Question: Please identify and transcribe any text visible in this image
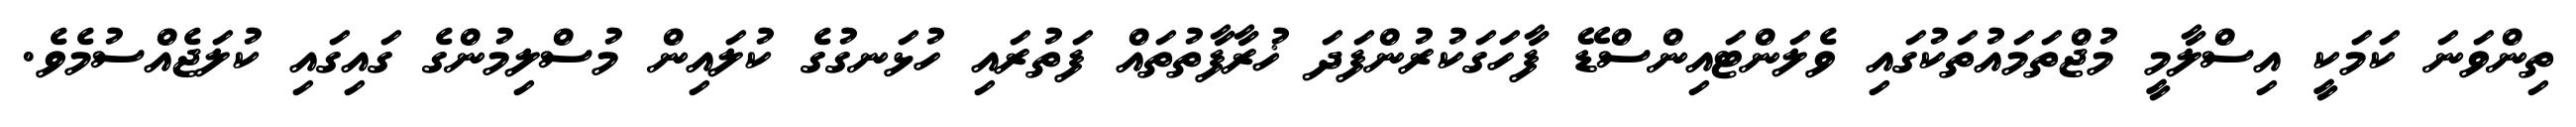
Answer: ތިންވަނަ ކަމަކީ އިސްލާމީ މުޖްތަމައުތަކުގައި ވެލަންޓައިންސްޑޭ ފާހަގަކުރުންފަދަ ޚުރާފާތުތައް ފަތުރައި ހުޅަނގުގެ ކުލައިން މުސްލިމުންގެ ގައިގައި ކުލަޖެއްސުމެވެ.